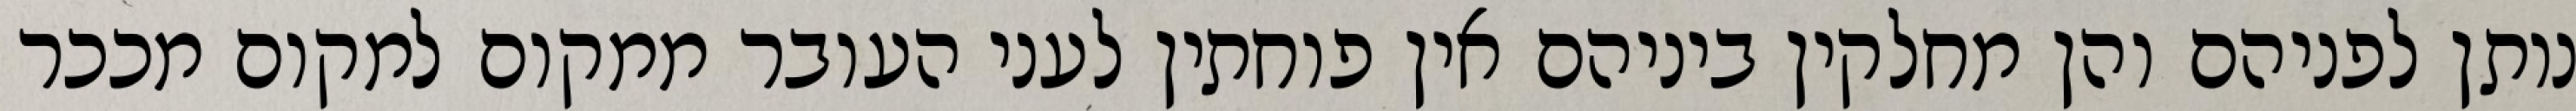
נותן לפניהם והן מחלקין ביניהם אין פוחתין לעני העובר ממקום למקום מככר